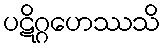
ပဋိဂ္ဂဟေဿသိ